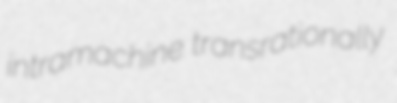
intramachine transrationally